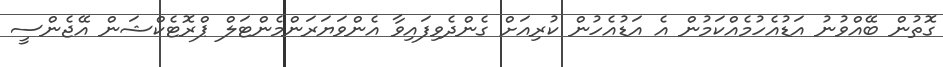
ގޮތުން ބޭއްވުނު އަޑުއެހުމެއްކަމުން އެ އަޑުއެހުން ކުރިއަށް ގެންދެވިފައިވާ އެންވަޔަރަންމެންޓަލް ޕްރޮޓެކްޝަން އޭޖެންސީ